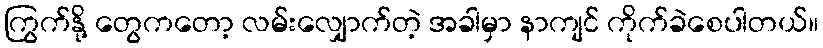
ကြွက်နို့ တွေကတော့ လမ်းလျှောက်တဲ့ အခါမှာ နာကျင် ကိုက်ခဲစေပါတယ်။